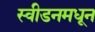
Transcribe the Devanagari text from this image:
स्वीडनमधून